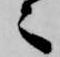
々